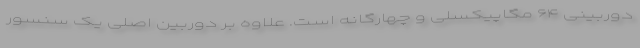
دوربینی ۶۴ مگاپیکسلی و چهارگانه است. علاوه بر دوربین اصلی یک سنسور